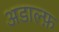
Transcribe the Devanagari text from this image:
अडाल्फ़